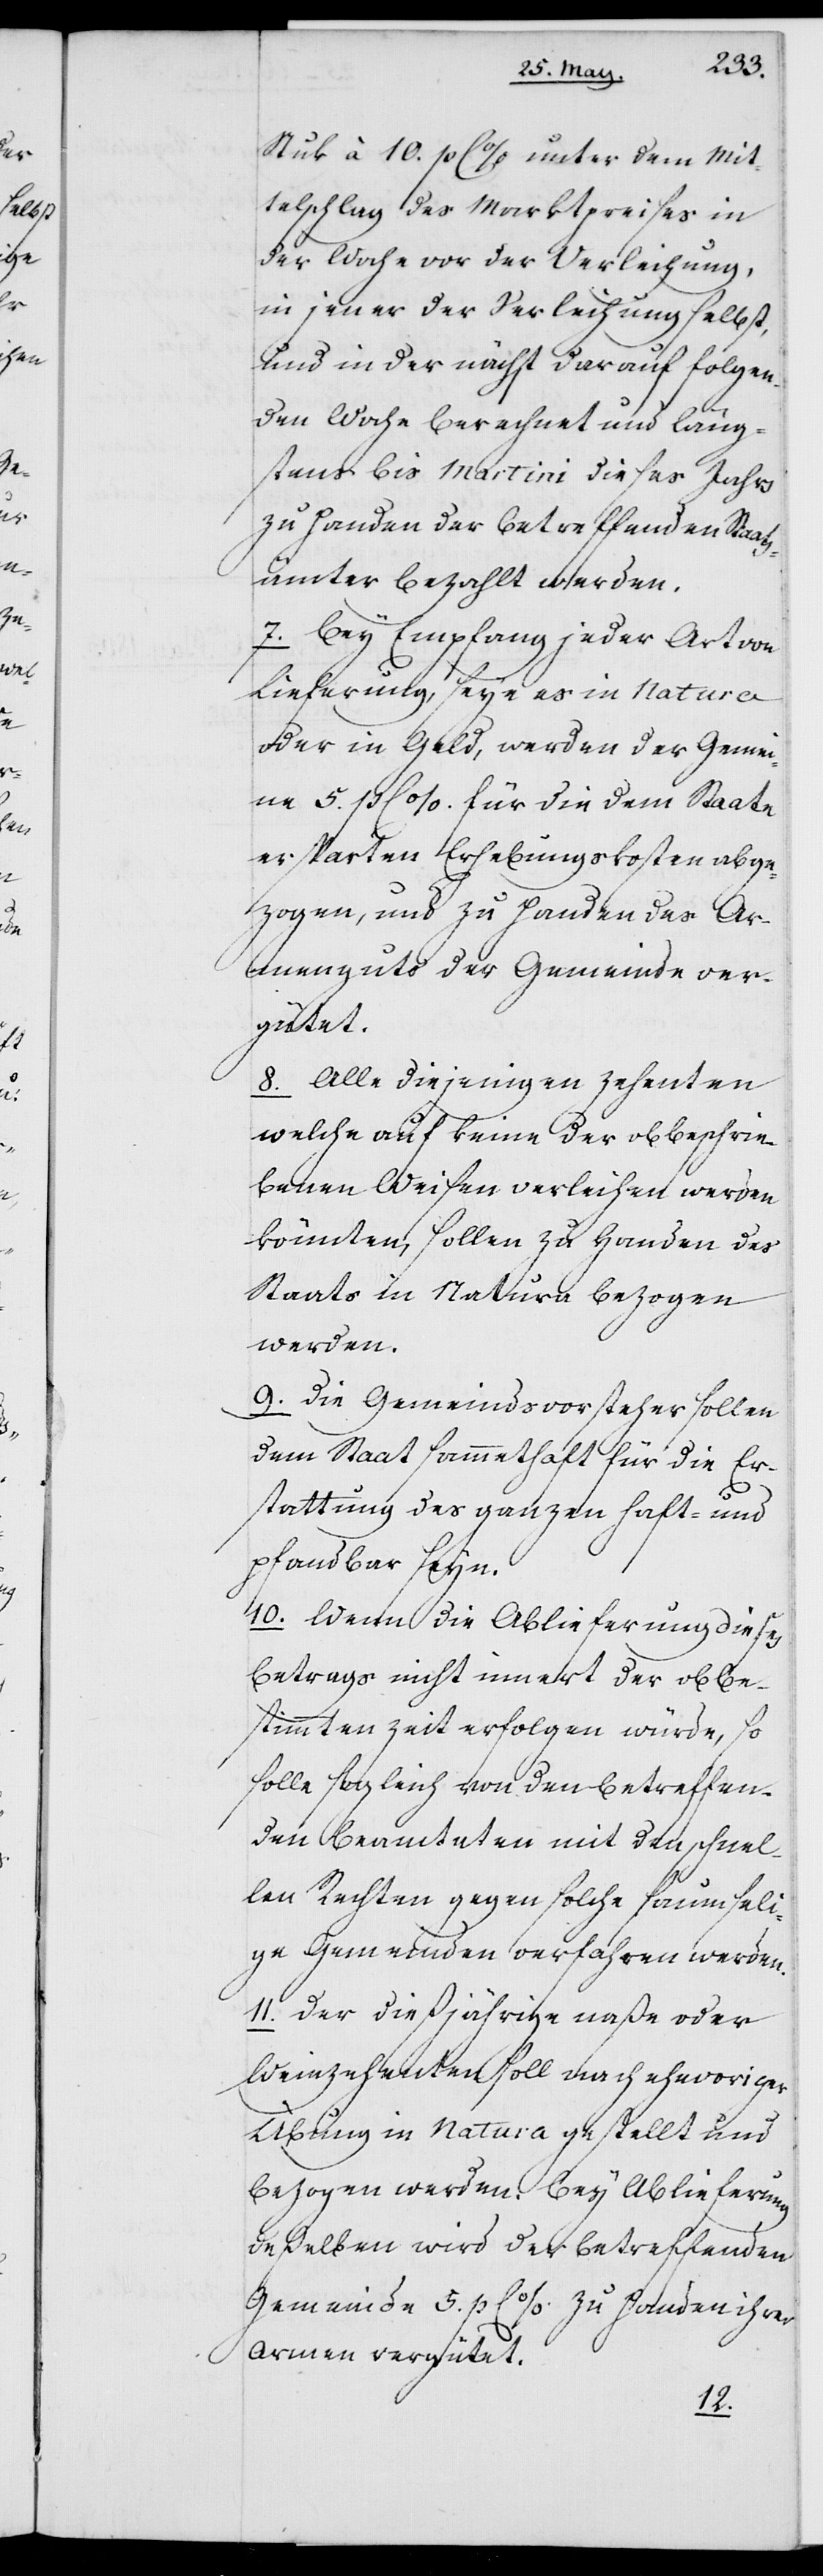
Stuk à 10. p C% unter dem Mit¬
telschlag des Marktpreises in
der Woche vor der Verleihung,
in jener der Verleihung selbst,
und in der nächst darauf folgen¬
den Woche berechnet und läng¬
stens bis Martini dieses Jahrs
zu Handen der betreffenden Staats¬
ämter bezahlt werden.
7. Bey Empfang jeder Art von
Lieferung, seye es in Natura
oder in Geld, werden der Gemei¬
ne 5. p C%. für die dem Staate
ersparten Erhebungskosten abge¬
zogen, und zu Handen des Ar¬
menguts der Gemeinde ver¬
gütet.
8. Alle diejenigen Zehenten,
welche auf keine der obbeschrie¬
benen Weisen verleihen werden
könnten, sollen zu Handen des
Staats in Natura bezogen
werden.
9. Die Gemeindsvorsteher sollen
dem Staat sammethaft für die Er¬
stattung des ganzen haft- und
pfandbar seyn.
10. Wenn die Ablieferung dieses
Betrags nicht innert der obbe¬
stimmten Zeit erfolgen würde, so
solle sogleich von den betreffen¬
den Beamteten mit den schnel¬
len Rechten gegen solche saumseli¬
gen Gemeinden verfahren werden.
11. Der dießjährige naße oder
Weinzehenten soll nach ehevoriger
Übung in Natura gestellt und
bezogen werden. Bey Ablieferung
deßelben wird der betreffenden
Gemeinde 5. p C%. zu Handen ihrer
Armen vergütet.